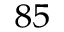
^ { 8 5 }